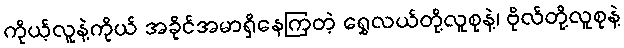
ကိုယ့်လူနဲ့ကိုယ် အခိုင်အမာရှိနေကြတဲ့ ရွှေလယ်တို့လူစုနဲ့၊ ဗိုလ်တို့လူစုနဲ့